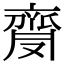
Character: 𪗅